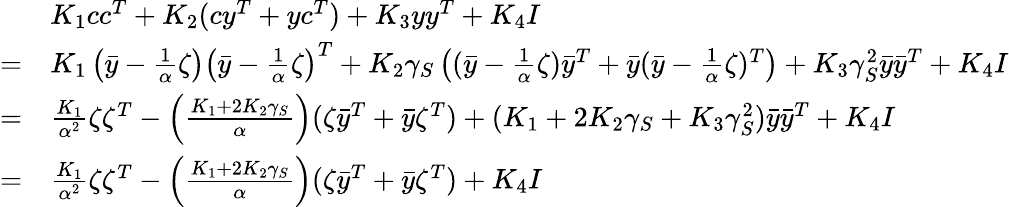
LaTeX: \begin{array}{rl}&{K_{1}cc^{T}+K_{2}(cy^{T}+yc^{T})+K_{3}yy^{T}+K_{4}I}\\ {=}&{K_{1}\left(\bar{y}-\frac{1}{\alpha}\zeta\right)\left(\bar{y}-\frac{1}{\alpha}\zeta\right)^{T}+K_{2}\gamma_{S}\left((\bar{y}-\frac{1}{\alpha}\zeta)\bar{y}^{T}+\bar{y}(\bar{y}-\frac{1}{\alpha}\zeta)^{T}\right)+K_{3}\gamma_{S}^{2}\bar{y}\bar{y}^{T}+K_{4}I}\\ {=}&{\frac{K_{1}}{\alpha^{2}}\zeta\zeta^{T}-\left(\frac{K_{1}+2K_{2}\gamma_{S}}{\alpha}\right)(\zeta\bar{y}^{T}+\bar{y}\zeta^{T})+(K_{1}+2K_{2}\gamma_{S}+K_{3}\gamma_{S}^{2})\bar{y}\bar{y}^{T}+K_{4}I}\\ {=}&{\frac{K_{1}}{\alpha^{2}}\zeta\zeta^{T}-\left(\frac{K_{1}+2K_{2}\gamma_{S}}{\alpha}\right)(\zeta\bar{y}^{T}+\bar{y}\zeta^{T})+K_{4}I}\end{array}